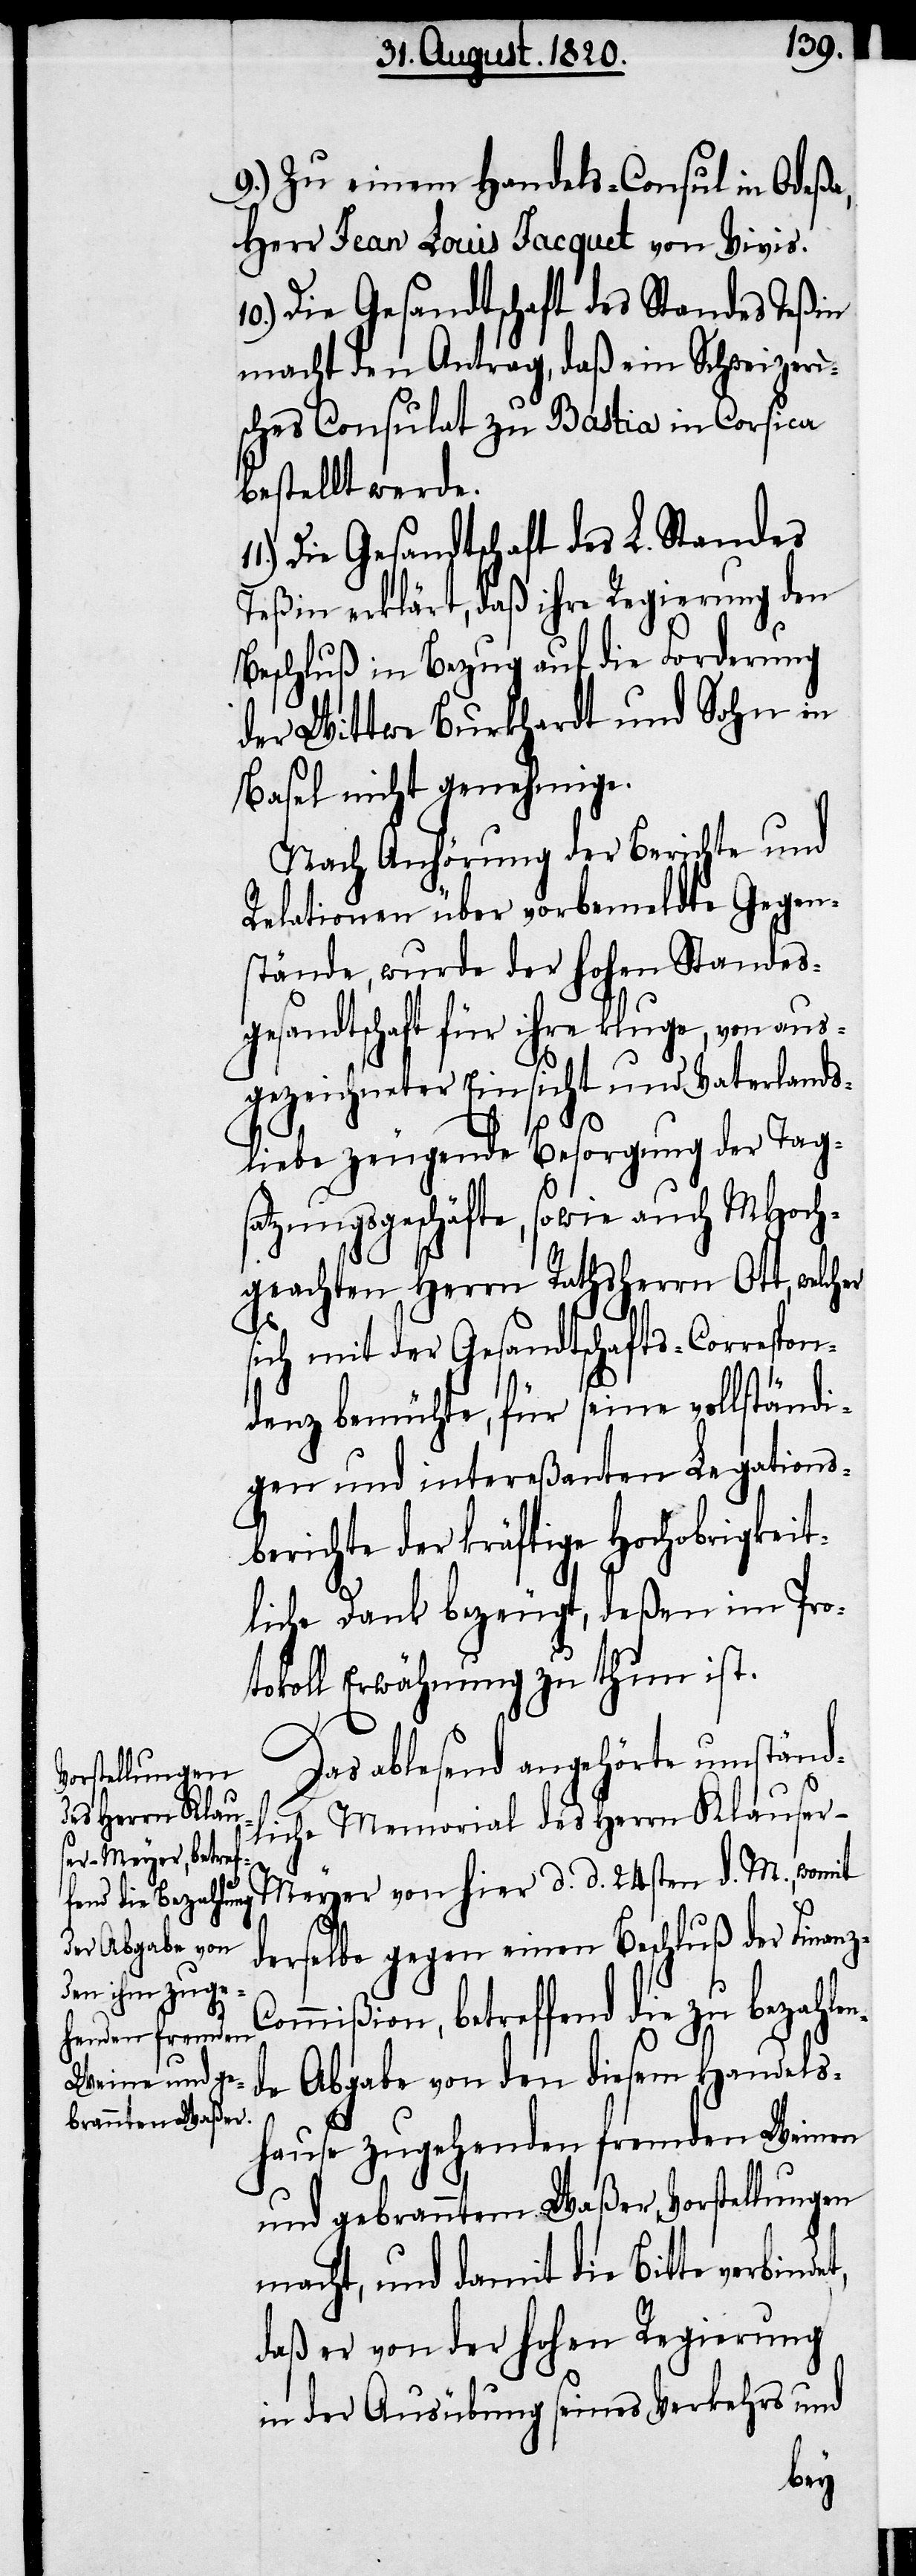
9.) Zu einem Handels-Consul in Odeßa,
Herr Jean Louis Jacquet von Vivis.
10.) Die Gesandtschaft des Standes Teßin
macht den Antrag, daß ein Schweizeri¬
sches Consulat zu Bastia in Corsica
bestellt werde.
Die Gesandtschaft des L. Standes
Teßin erklärt, daß ihre Regierung den
Beschluß in Bezug auf die Forderung
der Wittwe Burckhardt und Sohn in
Basel nicht genehmige.
Nach Anhörung der Berichte und
Relationen über vorbemeldte Gegen¬
stände, wurde der hohen Standes¬
gesandtschaft für ihre kluge, von aus¬
gezeichneter Einsicht und Vaterlands¬
liebe zeugende Besorgung der Tags¬
atzungsgeschäfte, sowie auch MHoch¬
geachten Herrn Rathsherrn Ott, welcher
sich mit der Gesandtschafts-Correspon¬
denz bemühte, für seine vollständi¬
gen und intereßanten Legations¬
berichte der kräftige Hochobrigkeit¬
liche Dank bezeugt, deßen im Pro¬
tokoll Erwähnung zu thun ist.
Das ablesend angehörte umständ¬
liche Memorial des Herrn Klause¬
r-Meyer von hier d. d. 24sten d. M., womit
derselbe gegen einen Beschluß der Finan¬
mmißion, betreffend die zu bezah¬
de Abgabe von den diesem Handel¬
s-Hause zugehenden Fremden Weinen
und gebranntem Waßer Vorstellungen
macht, und damit die Bitte verbin¬
daß er von der hohen Regierung
in der Ausübung seines Verkehrs und
det,